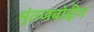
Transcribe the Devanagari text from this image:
मुंतजबोद्दीन